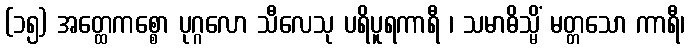
(၁၅) အတ္ထေကစ္စော ပုဂ္ဂလော သီလေသု ပရိပူရကာရီ ၊ သမာဓိသ္မိံ မတ္တသော ကာရီ၊